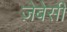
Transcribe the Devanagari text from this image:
ज़ेबेसी